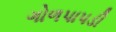
ગોળપાપડી